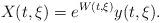
LaTeX: \begin{align*}X(t,\xi)=e^{W(t,\xi)}y(t,\xi).\end{align*}